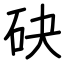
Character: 砄